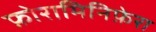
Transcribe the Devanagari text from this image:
फ़ोरामिनिफ़ेरा